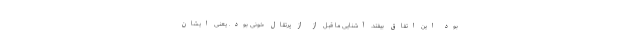
بود این اتفاق بیفتد. آشنایی ما قبل از از پرتقال خونی بود. یعنی ایشان